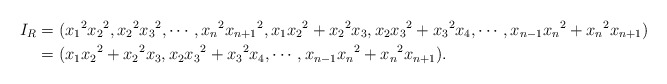
\begin{align*}I_R&=({x_1}^2{x_2}^2, {x_2}^2{x_3}^2, \cdots, {x_n}^2{x_{n+1}}^2,x_1{x_2}^2+{x_2}^2x_3, x_2{x_3}^2+{x_3}^2x_4, \cdots, x_{n-1}{x_n}^2+{x_n}^2x_{n+1})\\&=(x_1{x_2}^2+{x_2}^2x_3, x_2{x_3}^2+{x_3}^2x_4, \cdots, x_{n-1}{x_n}^2+{x_n}^2x_{n+1}).\end{align*}